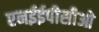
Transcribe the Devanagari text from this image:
एनईईपीसीओ